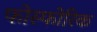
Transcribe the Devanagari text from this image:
फोस्फोरिक